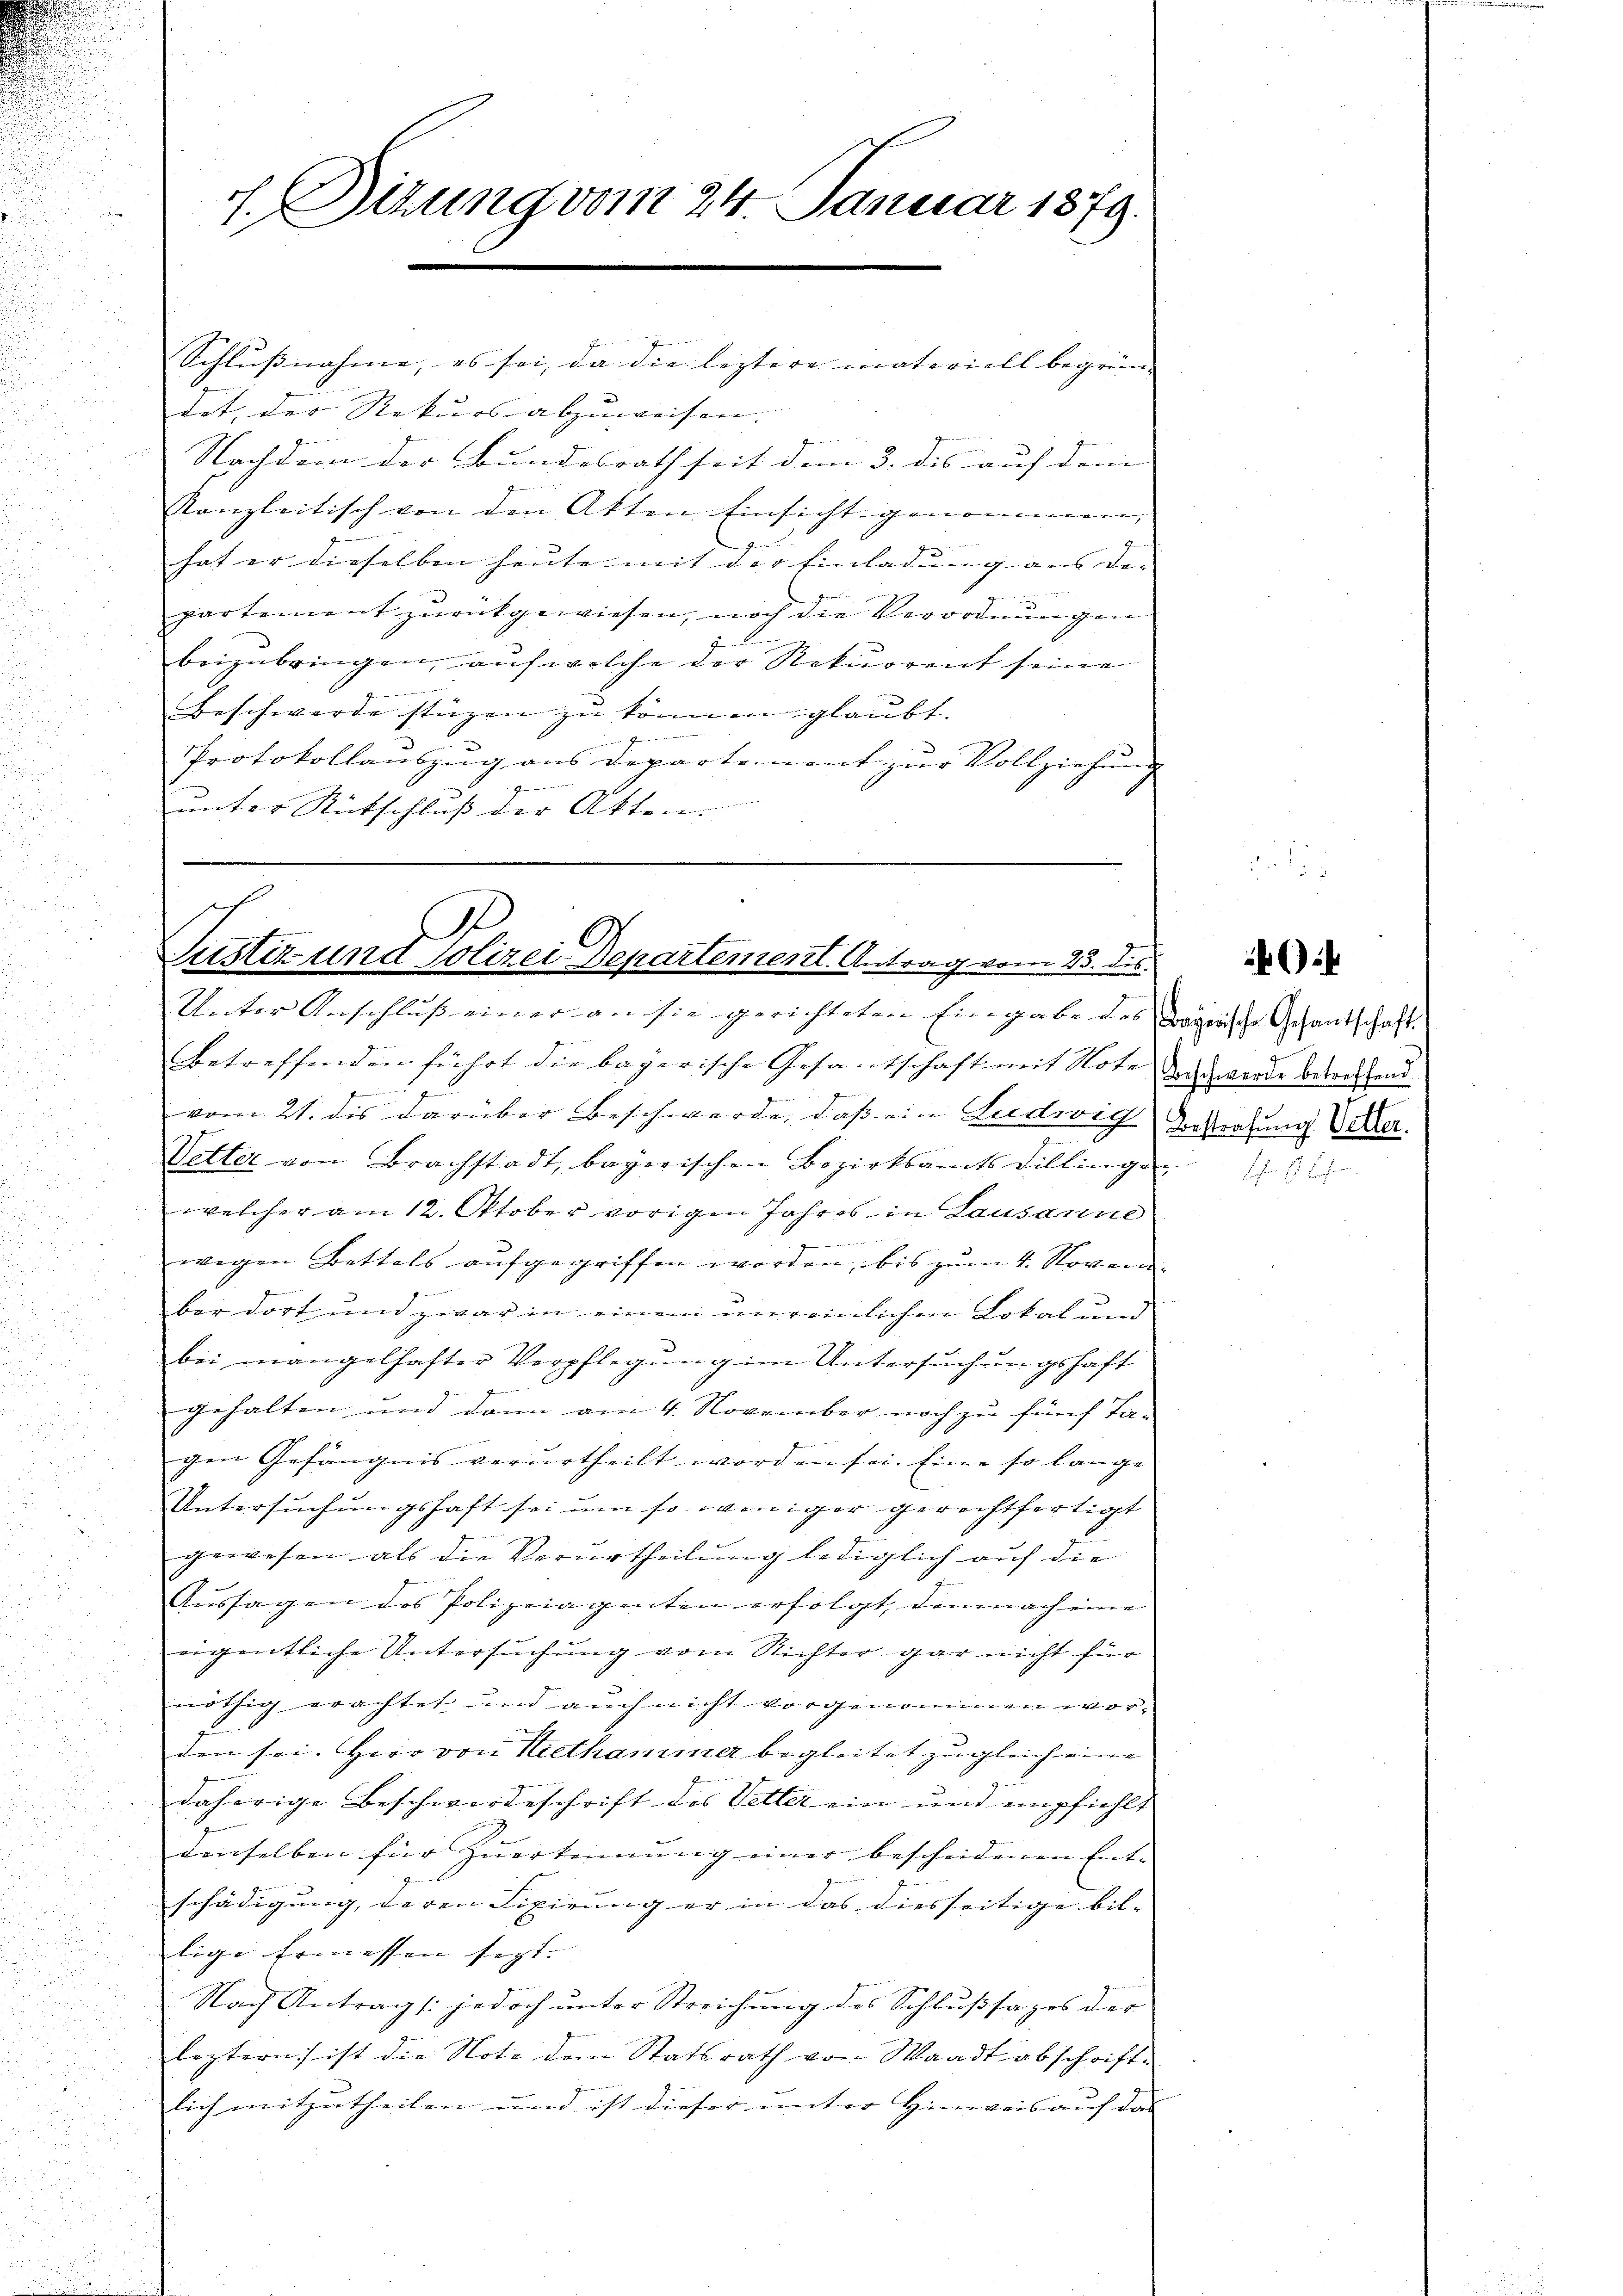
f. Sizung vom 24. Januar 1879.

Schlußnahme, es sei, da die leztere materiell begrün- |
det, der Rekurs abzuweisen. |
Nachdem der Bundesrath seit dem 3. des auf den |
kanzleitisch von den Akten Einsicht genommen,
hat er dieselben heute mit der Einladung aus der |
partement zurückgewiesen, noch die Verordnungen
beizubringen, auf welche der Rekurrent seine
Beschwerde stüzen zu können glaubt.
zien eine Gemeindern in
Protokollauszug aus Departement zur Vollziehung
.
unter Rutschluß der Atten.

s
.
Justiz und Polizei-Departement. Antrag vom 23. dis
Unter Anschluß einer an sie gerichteten Eingabe des bayrische Gechantschaft

betreffenden führt die bayerische Gesantschaft mit Note doch werde betreffend
2
s
vom 21. dis darüber Beschwerde, daß ein Ludwig Bestrafung Ver
Wetter von Brachstadt, bayerischen Bezirksamts Dillingen
welcher am 12. Oktober vorigen Jahres in Lausanne
g  2
wegen Bettels aufgegriffen worden, bis zum 4. Novem
ber dort und zwar in einem unreinlichen Lokal und
bei mangelhafter Verpflegung im Untersuchungshaft
f
gehalten und dann am 4. November noch zu fünf Ta-
gen Gefängnis verurtheilt worden sei. Eine so lange
Untersuchungshaft sei um so weniger gerechtfertigt
gewesen als die Verurtheilung lediglich auf die
Aussagen des Polizeiagenten erfolgt, demnach eine
eigentliche Untersuchung vom Richter gar nicht für
nöthig erachtet und auch nicht vorgenommen worden sei. Herr von Hiethammer begleitet zugleich eine
daherige Beschwerdeschrift des Vetter ein und empfiehlt
denselben für Zuerkennung einer bescheidenen Ent-
schädigung, deren Fixirung er in das diesseitige bil- |
lige Ermessen sezt.
Nach Antrag /: jedoch unter Streichung des Schlußsages der
leztern ist die Note dem Statsrath von Waadtiabschriftlich mitzutheilen und ist dieser unter Hinweis auf das

Fr. 18. E